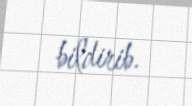
bildirib.